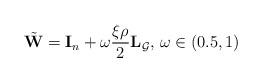
LaTeX: \begin{align*}\tilde{\mathbf{W}} = \mathbf{I}_n + \omega \frac{\xi \rho}{2}\mathbf{L}_{\mathcal{G}},\, \omega \in \left(0.5,1 \right)\end{align*}